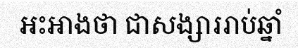
អះអាងថា ជាសង្សាររាប់ឆ្នាំ